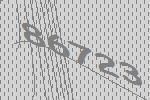
86723